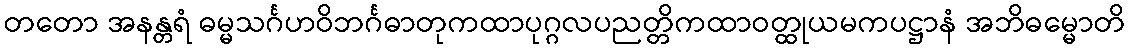
တတော အနန္တရံ ဓမ္မသင်္ဂဟဝိဘင်္ဂဓာတုကထာပုဂ္ဂလပညတ္တိကထာဝတ္ထုယမကပဋ္ဌာနံ အဘိဓမ္မောတိ